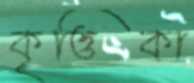
কৃত্তিকা